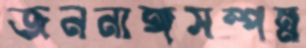
জননাঙ্গসম্পন্ন